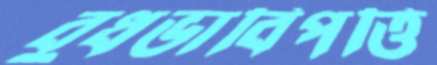
বুধভাবিপত্তি